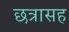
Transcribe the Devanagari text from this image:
छत्रासह